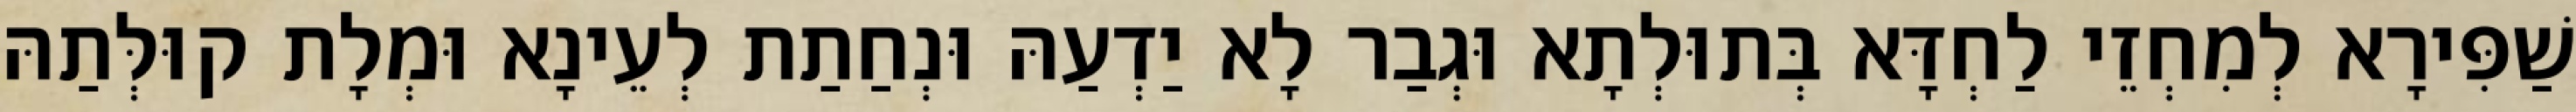
שַׁפִּירָא לְמִחְזֵי לַחְדָּא בְּתוּלְתָא וּגְבַר לָא יַדְעַהּ וּנְחַתַת לְעֵינָא וּמְלָת קוּלְּתַהּ